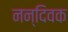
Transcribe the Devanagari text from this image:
नन्दिवक